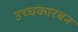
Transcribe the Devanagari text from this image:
उच्चकारबन